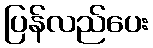
ပြန်လည်ပေး